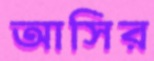
আসির